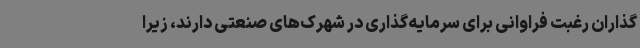
‌گذاران رغبت فراوانی برای سرمایه‌گذاری در شهرک‌های صنعتی دارند، زیرا